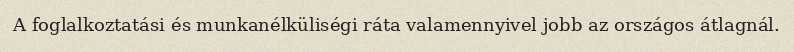
A foglalkoztatási és munkanélküliségi ráta valamennyivel jobb az országos átlagnál.